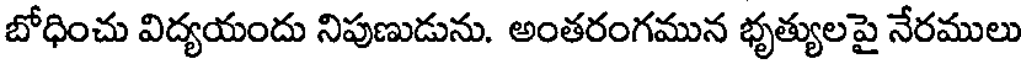
బోధించు విద్యయందు నిపుణుడును. అంతరంగమున భృత్యులపై నేరములు